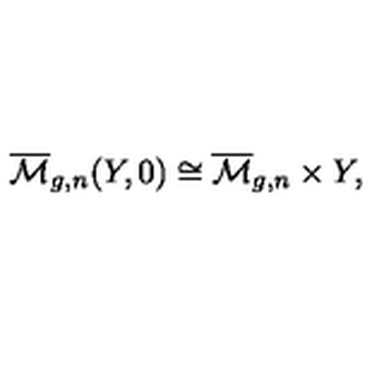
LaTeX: \overline { { \mathcal { M } } } _ { g , n } ( Y , 0 ) \cong \overline { { \mathcal { M } } } _ { g , n } \times Y ,